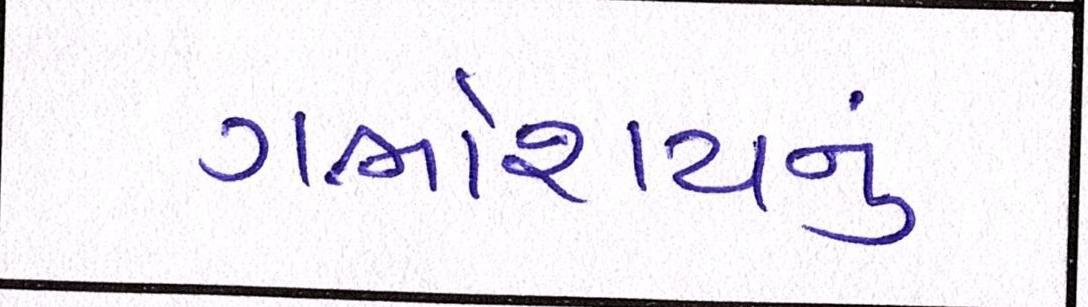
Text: ગર્ભાશયનું